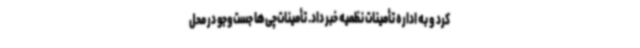
کرد و به اداره تأمینات نظمیه خبر داد. تأمینات‌چی‌ها جست‌وجو در محل